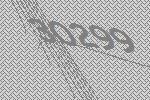
30299